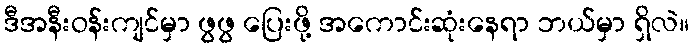
ဒီအနီးဝန်းကျင်မှာ ဖွဖွ ပြေးဖို့ အကောင်းဆုံးနေရာ ဘယ်မှာ ရှိလဲ။